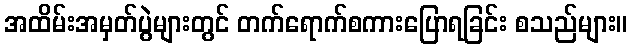
အထိမ်းအမှတ်ပွဲများတွင် တက်ရောက်စကားပြောရခြင်း စသည်များ။